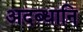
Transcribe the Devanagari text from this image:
अदब्धानि